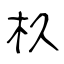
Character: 杦